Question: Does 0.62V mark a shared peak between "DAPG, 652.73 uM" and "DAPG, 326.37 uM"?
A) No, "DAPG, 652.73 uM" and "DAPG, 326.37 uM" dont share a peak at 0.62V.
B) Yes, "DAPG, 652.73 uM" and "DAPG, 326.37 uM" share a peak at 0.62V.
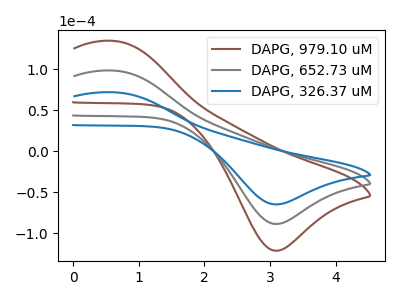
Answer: <think>The brown curve "DAPG, 979.10 uM" has an anodic peak at (0.60V, 196.80uA) and a cathodic peak at (3.10V, -177.50uA). The gray curve "DAPG, 652.73 uM" has an anodic peak at (0.60V, 98.40uA) and a cathodic peak at (3.10V, -88.75uA). The blue curve "DAPG, 326.37 uM" has an anodic peak at (0.60V, 71.95uA) and a cathodic peak at (3.10V, -64.90uA).</think>
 <answer>B) Yes, "DAPG, 652.73 uM" and "DAPG, 326.37 uM" share a peak at 0.62V.</answer>
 <eval>B</eval>